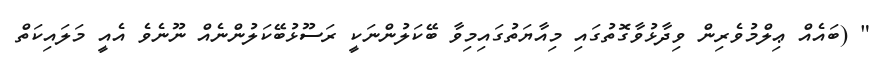
" (ބައެއް ޢިލްމުވެރިން ވިދާޅުވާގޮތުގައި މިއާޔަތުގައިމިވާ ބޭކަލުންނަކީ ރަސޫޅުބޭކަލުންނެއް ނޫނެވެ އެއީ މަލައިކަތް